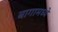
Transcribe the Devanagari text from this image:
बागामध्ये